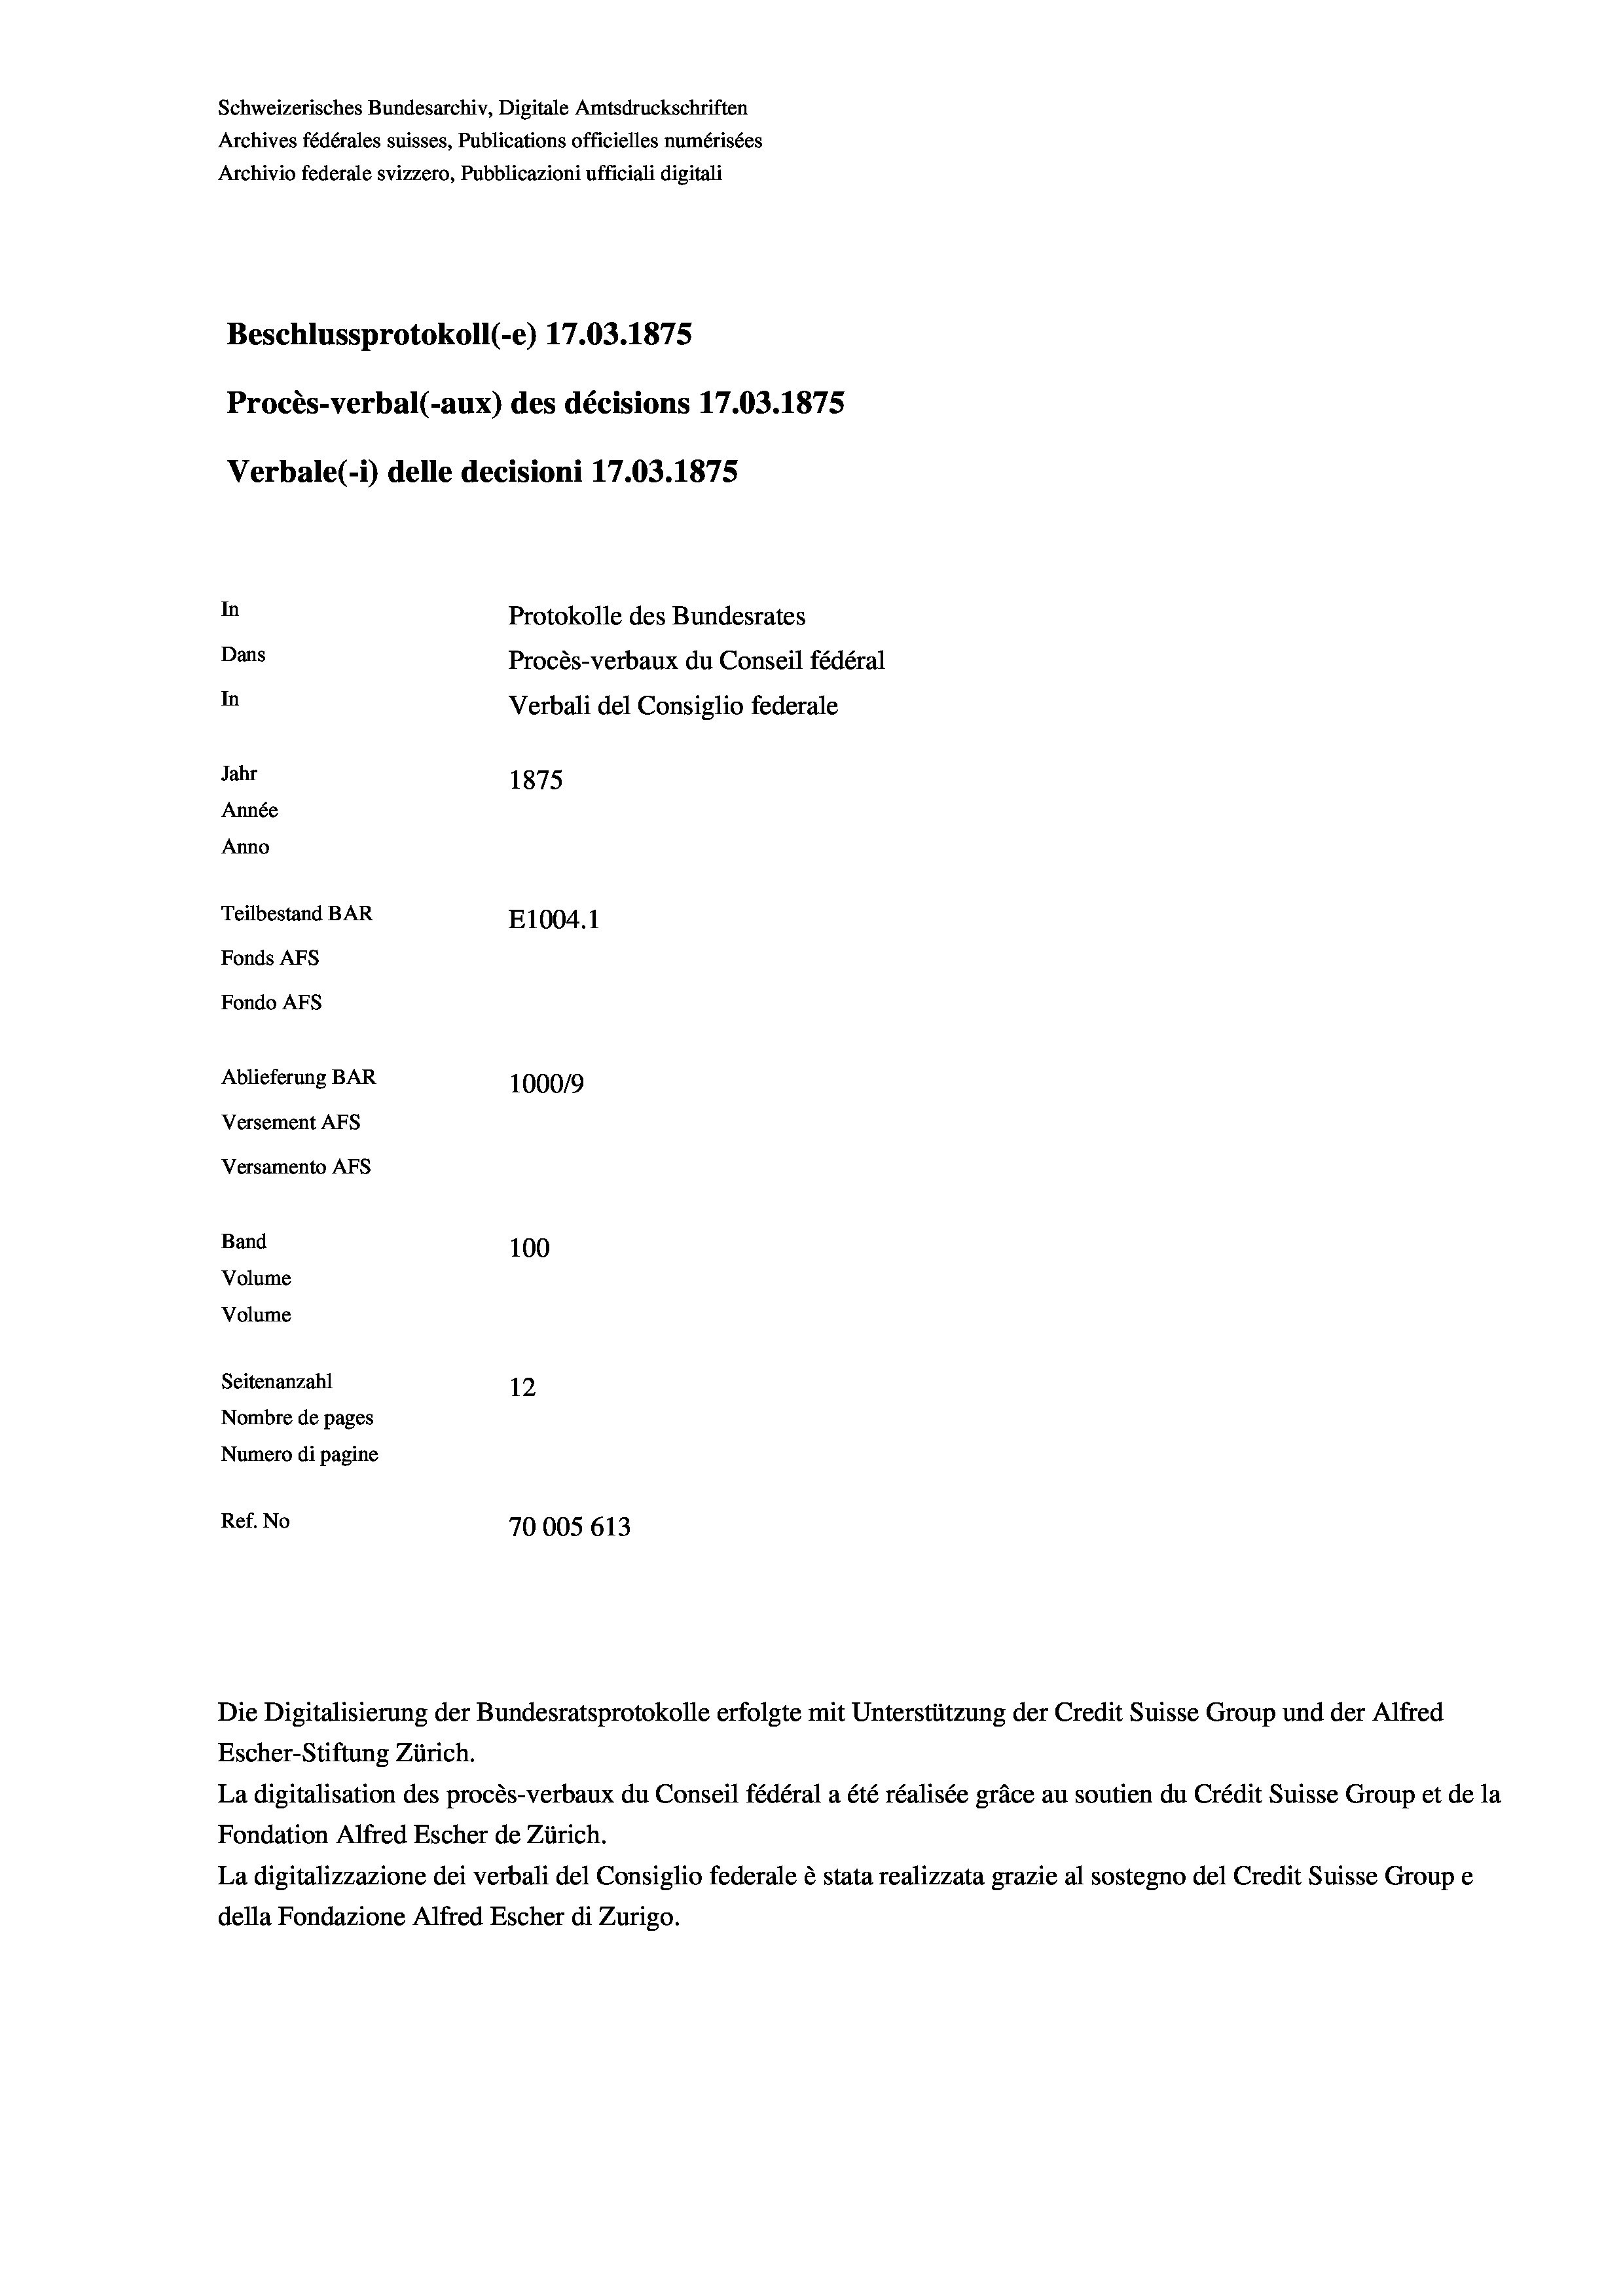
Schweizerisches Bundesarchiv, Digitale Amtsdruckschriften
Archives fédérales suisses, Publications officielles numérisées
Archivio federale svizzero, Pubblicazioni ufficiali digitali
Beschlussprotokoll (-e) 17.03. 1875
Procès-verbal (-aux) des décisions 17.03. 1875
Verbale(*) delle decisioni 17.03. 1875
In
Protokolle des Bundesrates
Dans
Procès-verbaux du Conseil fédéral
In
Verbali del Consiglio federale
Jahr
1875
Année
Anno
Teilbestand BAR
E1004. 1
Fonds AFs
Fondo AFs
Ablieferung BAR
100019
Versement AFS
Versamento AFs

100
Volume
Seitenanzahl
12
Nombre de pages
Numero di pagine
Ref. No
70005 613

Band
Volume

Escher-Stiftung Zürich.
La digitalisation des procès-verbaux du Conseil fédéral a été réalisée gräce au soutien du Crédit Suisse Group et de la
Fondation Alfred Escher de Zürich.
La digitalizzazione dei verbali del Consiglio federale è stata realizzata grazie al sostegno del Credit Suisse Groupe
della Fondazione Alfred Escher di Zurigo.

Die Digitalisierung der Bundesratsprotokolle erfolgte mit Unterstützung der Credit Suisse Group und der Alfred